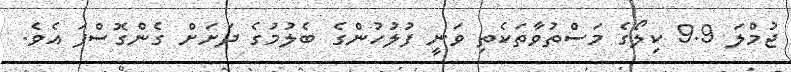
ޖުމްލަ 9.9 ކިލޯގެ މަސްތުވާތަކެތި ވަނީ ފުލުހުންގެ ބެލުމުގެ ދަށަށް ގެންގޮސްފަ އެވެ.